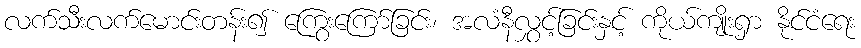
လက်သီးလက်မောင်းတန်း၍ ကြွေးကြော်ခြင်း၊ အလံနီလွှင့်ခြင်းနှင့် ကိုယ်ကျိုးရှာ နိုင်ငံရေး